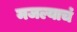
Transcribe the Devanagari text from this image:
मजल्याचं